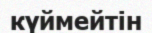
күймейтін